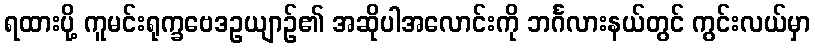
ရထားပို့ ကူမင်းရုက္ခဗေဒဥယျာဉ်၏ အဆိုပါအလောင်းကို ဘင်္ဂလားနယ်တွင် ကွင်းလယ်မှာ